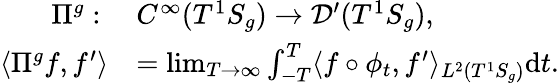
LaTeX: \begin{array}{rl}{\Pi^{g}:\; }&{C^{\infty}(T^{1}S_{g})\to\mathcal{D}^{\prime}(T^{1}S_{g}),}\\ {\langle\Pi^{g}f,f^{\prime}\rangle}&{=\operatorname*{lim}_{T\to\infty}\int_{-T}^{T}\langle f\circ\phi_{t},f^{\prime}\rangle_{L^{2}(T^{1}S_{g})}\mathrm{d}t.}\end{array}